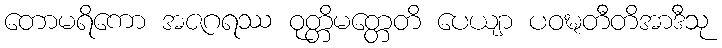
တောမရိကော အဇဂရဿ ဝုတ္တိမတ္တေတိ ပေယျာ ပဝဍ္ဎတီတိအာဒီသု